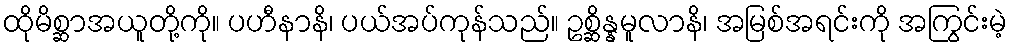
ထိုမိစ္ဆာအယူတို့ကို။ ပဟီနာနိ၊ ပယ်အပ်ကုန်သည်။ ဥစ္ဆိန္နမူလာနိ၊ အမြစ်အရင်းကို အကြွင်းမဲ့